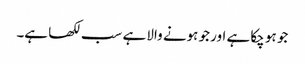
جو ہو چکا ہے اور جو ہونے والا ہے سب لکھا ہے۔